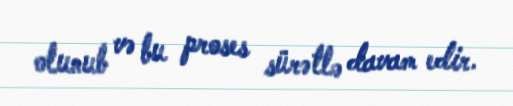
olunub və bu proses sürətlə davam edir.